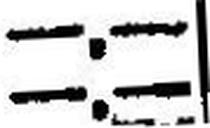
—.—